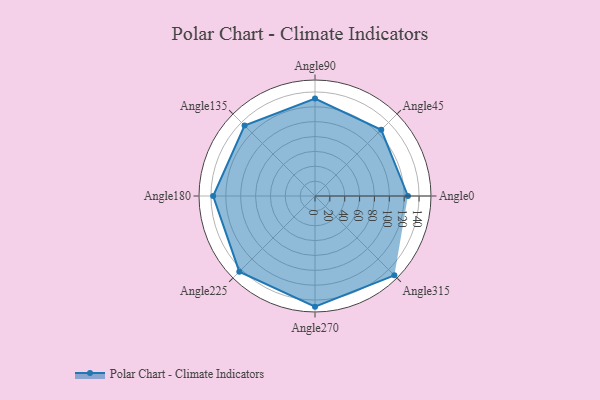
{"axis": {"x": "Angle", "y": "Radius"}, "legend": [""], "data": [{"x": "Angle0", "y": 125.0, "type": ""}, {"x": "Angle45", "y": 126.0, "type": ""}, {"x": "Angle90", "y": 131.0, "type": ""}, {"x": "Angle135", "y": 134.0, "type": ""}, {"x": "Angle180", "y": 137.0, "type": ""}, {"x": "Angle225", "y": 144.0, "type": ""}, {"x": "Angle270", "y": 149.0, "type": ""}, {"x": "Angle315", "y": 151.0, "type": ""}]}